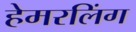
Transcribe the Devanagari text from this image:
हेमरलिंग